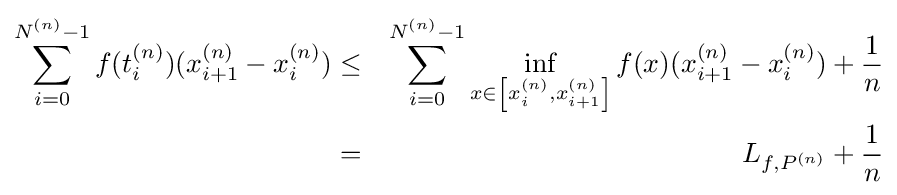
{\begin{aligned}\sum _{i=0}^{N^{(n)}-1}f(t_{i}^{(n)})(x_{i+1}^{(n)}-x_{i}^{(n)})&\leq &\sum _{i=0}^{N^{(n)}-1}\inf _{x\in \left[x_{i}^{(n)},x_{i+1}^{(n)}\right]}f(x)(x_{i+1}^{(n)}-x_{i}^{(n)})+{\frac {1}{n}}\\&=&L_{f,P^{(n)}}+{\frac {1}{n}}\end{aligned}}